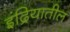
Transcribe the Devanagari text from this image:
इंद्रियातील